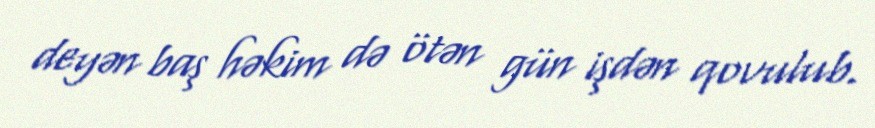
deyən baş həkim də ötən gün işdən qovulub.